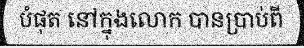
បំផុត នៅក្នុងលោក បានប្រាប់ពី